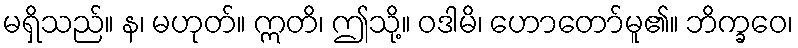
မရှိသည်။ န၊ မဟုတ်။ ဣတိ၊ ဤသို့။ ဝဒါမိ၊ ဟောတော်မူ၏။ ဘိက္ခဝေ၊